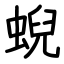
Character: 蜺